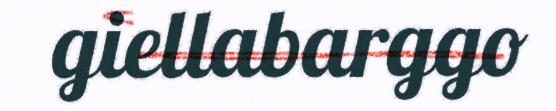
giellabarggo